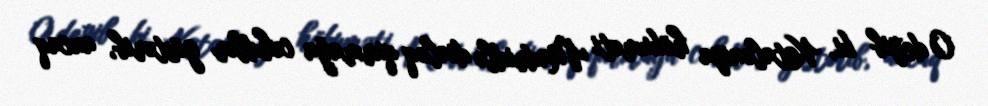
O deyib ki, Kataloniya hökuməti Madridlə dialoq qurmağa cəhdlər göstərib, ancaq